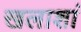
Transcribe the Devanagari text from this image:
खलाशां